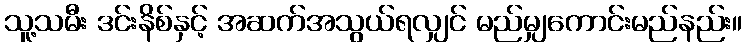
သူ့သမီး ဒင်းနိစ်နှင့် အဆက်အသွယ်ရလျှင် မည်မျှကောင်းမည်နည်း။